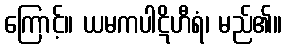
ကြောင့်။ ယမကပါဋိဟီရံ၊ မည်၏။